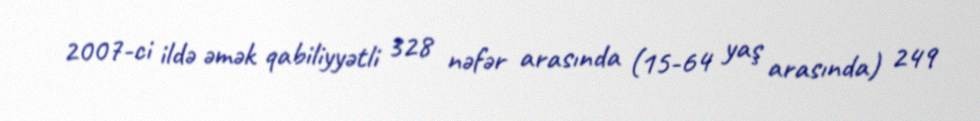
2007-ci ildə əmək qabiliyyətli 328 nəfər arasında (15-64 yaş arasında) 249